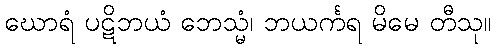
ဃောရံ ပဋိဘယံ ဘေသ္မံ၊ ဘယင်္ကရ မိမေ တီသု။